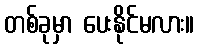
တစ်ခုမှာ ပေးနိုင်မလား။